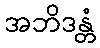
အဘိဒန္တံ